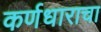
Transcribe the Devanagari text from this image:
कर्णधाराचा